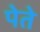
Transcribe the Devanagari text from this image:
पेते